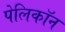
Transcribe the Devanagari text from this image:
पेलिकॉन